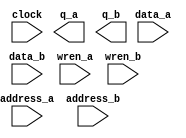
module CacheBlockRAM (
	address_a,
	address_b,
	clock,
	data_a,
	data_b,
	wren_a,
	wren_b,
	q_a,
	q_b);
	input	[8:0]  address_a;
	input	[8:0]  address_b;
	input	  clock;
	input	[17:0]  data_a;
	input	[17:0]  data_b;
	input	  wren_a;
	input	  wren_b;
	output	[17:0]  q_a;
	output	[17:0]  q_b;
`ifndef ALTERA_RESERVED_QIS
// synopsys translate_off
`endif
	tri1	  clock;
	tri0	  wren_a;
	tri0	  wren_b;
`ifndef ALTERA_RESERVED_QIS
// synopsys translate_on
`endif
endmodule